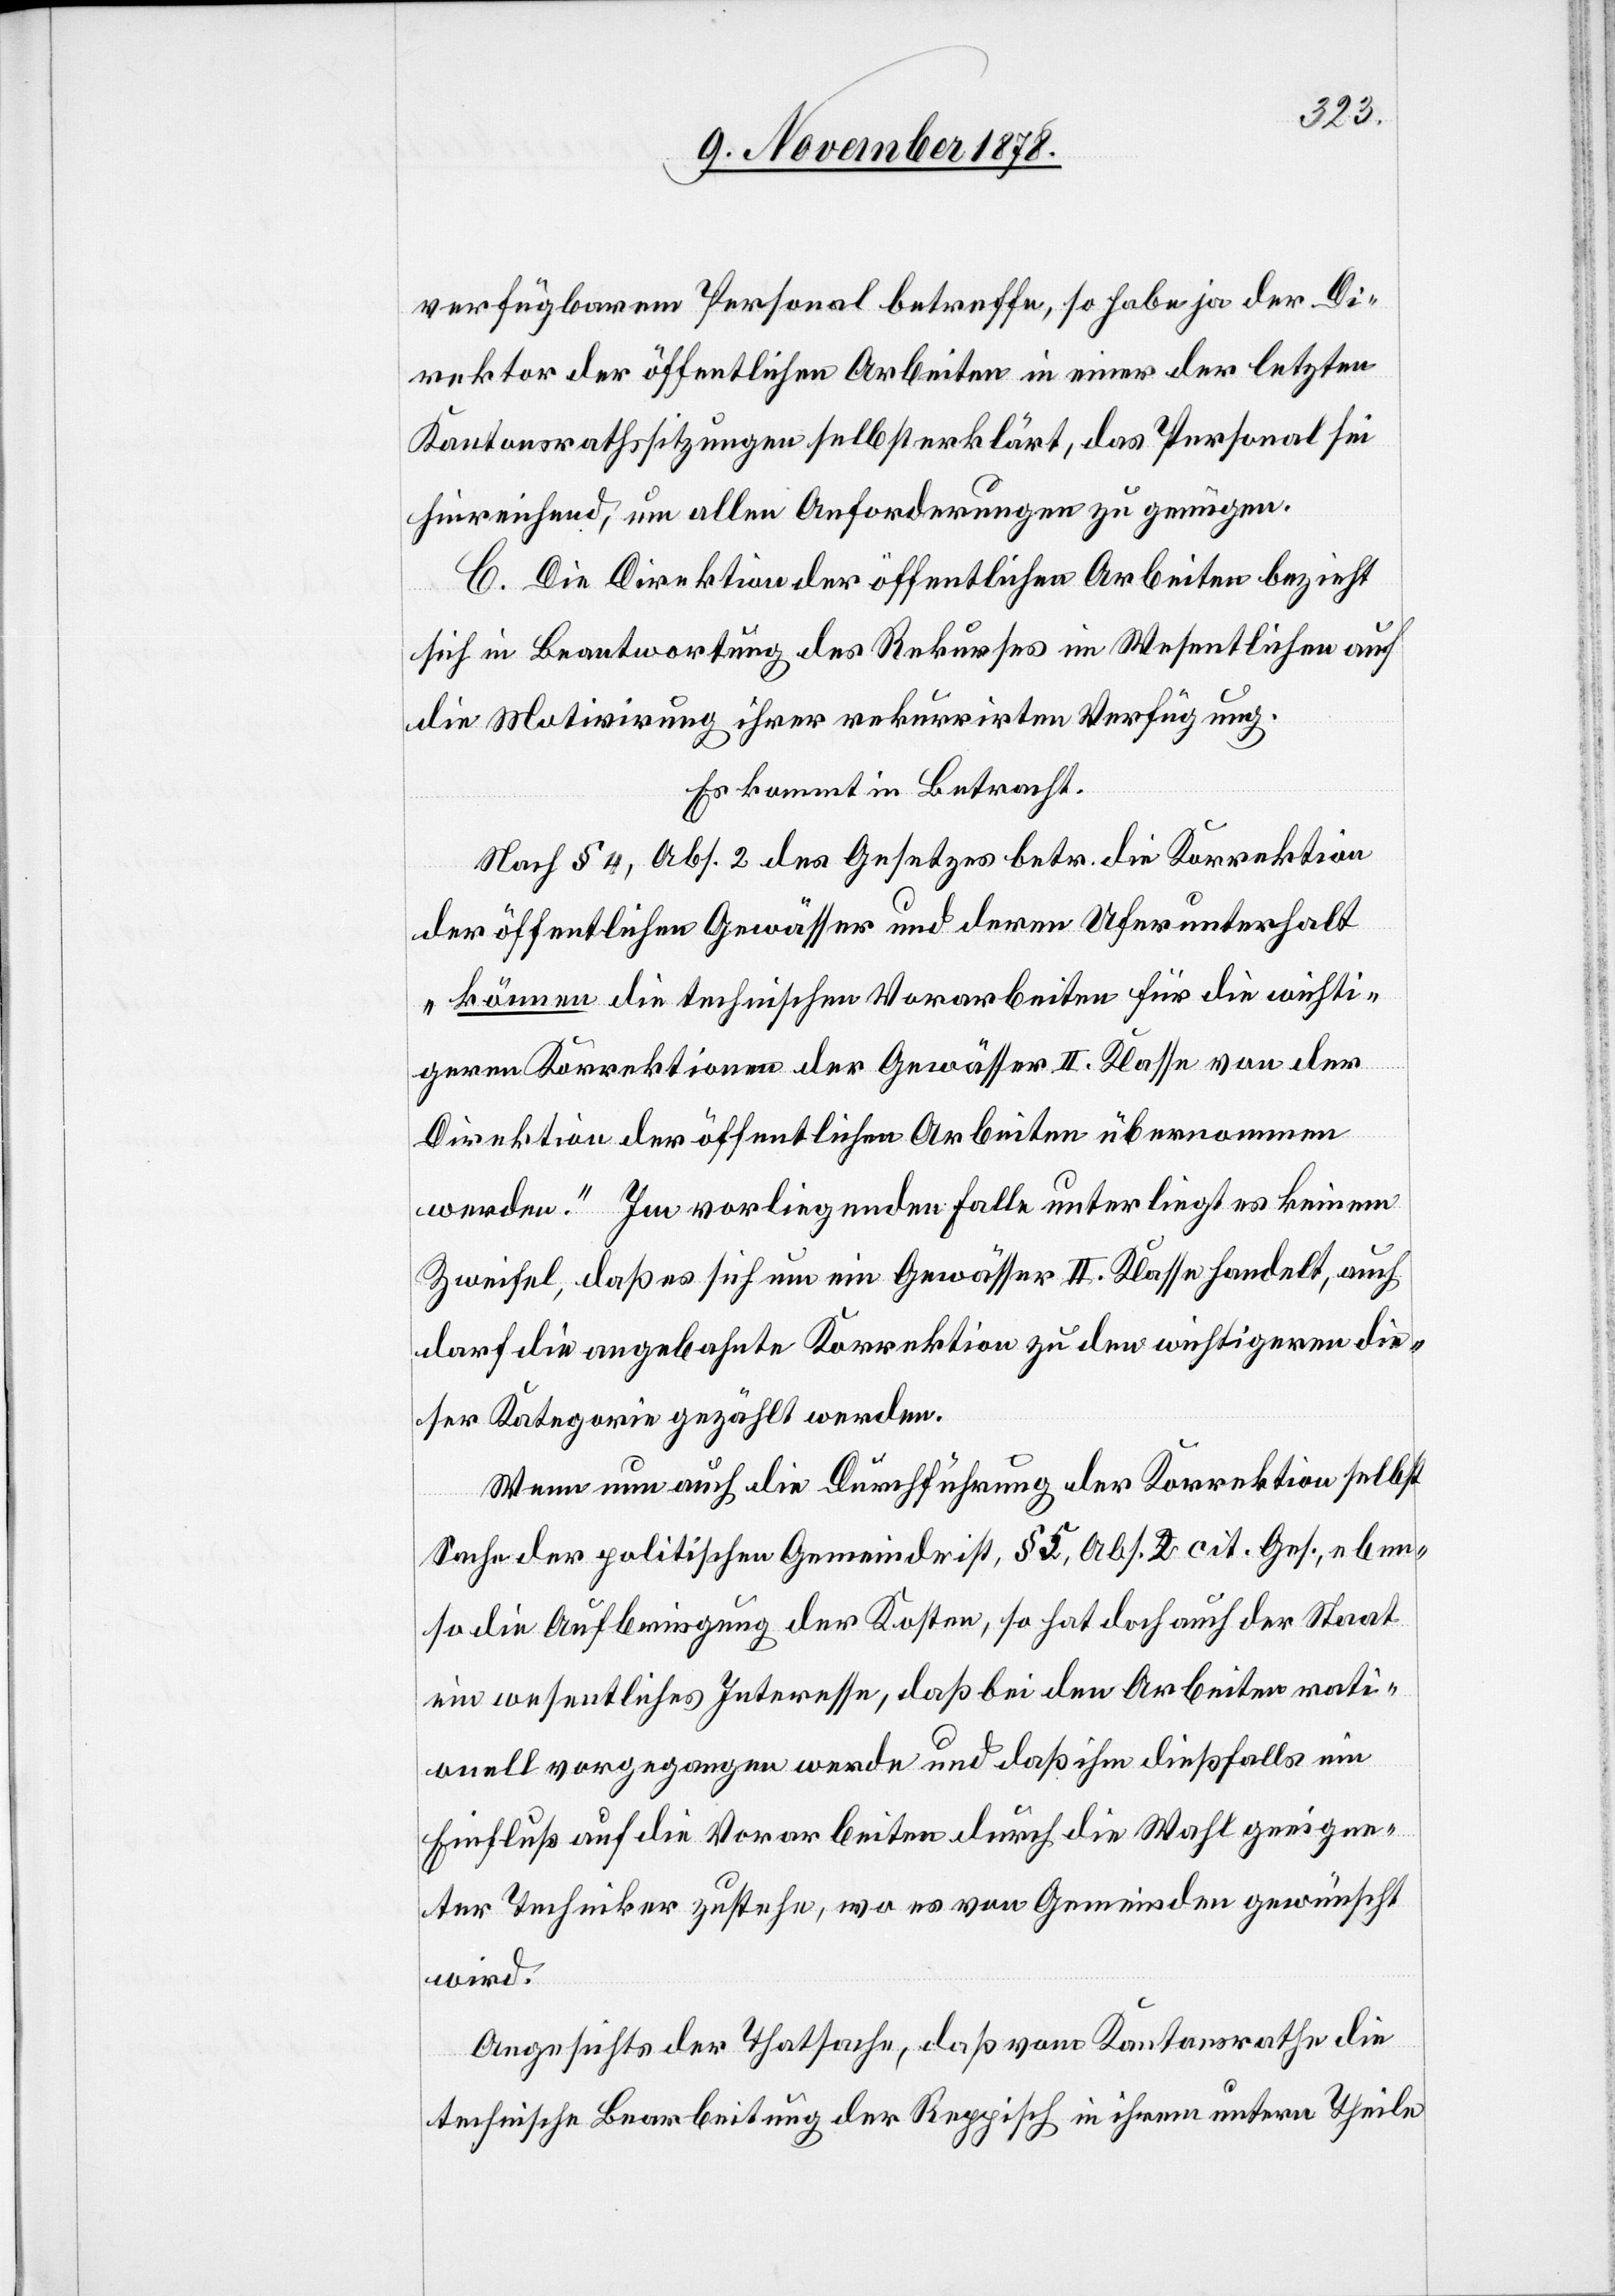
verfügbarem Personal betreffe, so habe ja der Di¬
rektor der öffentlichen Arbeiten in einer der letzten
Kantonsrathssitzungen selbst erklärt, das Personal sei
hinreichend, um allen Anforderungen zu genügen.
C. Die Direktion der öffentlichen Arbeiten bezieht
sich in Beantwortung des Rekurses im Wesentlichen auf
die Motivirung ihrer rekurrirten Verfügung.
Es kommt in Betracht.
Nach § 4, Abs. 2 des Gesetzes betr. die Korrektion
der öffentlichen Gewässer und deren Uferunterhalt
„können die technischen Vorarbeiten für die wichti¬
geren Korrektionen der Gewässer II. Klasse von der
Direktion der öffentlichen Arbeiten übernommen
werden.“ Im vorliegenden Falle unterliegt es keinem
Zweifel, daß es sich um ein Gewässer II. Klasse handelt, auch
darf die angebahnte Korrektion zu den wichtigeren die¬
ser Kategorie gezählt werden.
Wenn nun auch die Durchführung der Korrektion selbst
Sache der politischen Gemeinde ist, § 5, Abs. 2 cit. Ges., eben¬
so die Aufbringung der Kosten, so hat doch auch der Staat
ein wesentliches Interesse, daß bei den Arbeiten rati¬
onell vorgegangen werde und daß ihm dießfalls ein
Einfluß auf die Vorarbeiten durch die Wahl geeigne¬
ter Techniker zustehe, wo es von Gemeinden gewünscht
wird.
Angesichts der Thatsache, daß vom Kantonsrathe die
technische Bearbeitung der Reppisch in ihrem unterm Theile